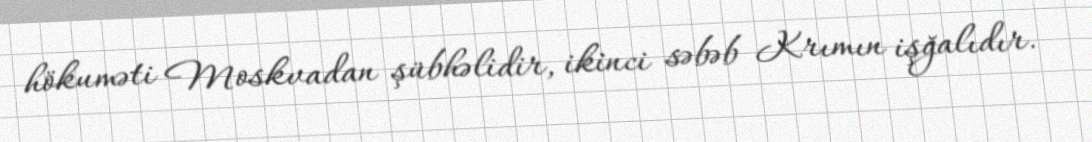
hökuməti Moskvadan şübhəlidir, ikinci səbəb Krımın işğalıdır.